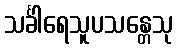
သင်္ခါရေသူပသန္တေသု